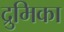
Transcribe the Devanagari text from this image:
द्रुमिका